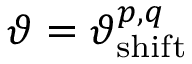
\vartheta = \vartheta _ { \mathrm { s h i f t } } ^ { p , q }